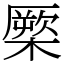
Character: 橜